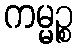
ကမ္မဉ္စ